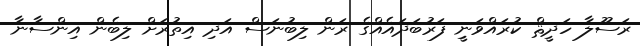
ރަސޫލާ ހަދީޘް ކުރައްވަނީި ފަރުބަދައެއްގެ ރަން ލިބުނަސް އަދި އިތުރަށް ލިބެން އިންސާނާ